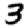
Digit: 3